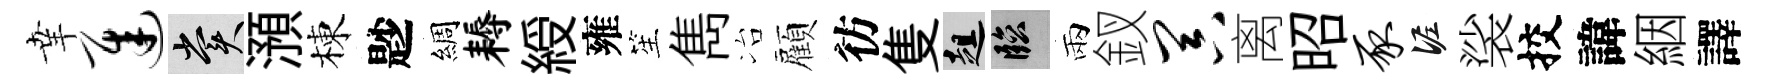
𦍒迟賞澦棟尟綢耨綬雍笙雋冶顧彷隻趄臨兩釵器离昭豕泥裟挍諱絪譯